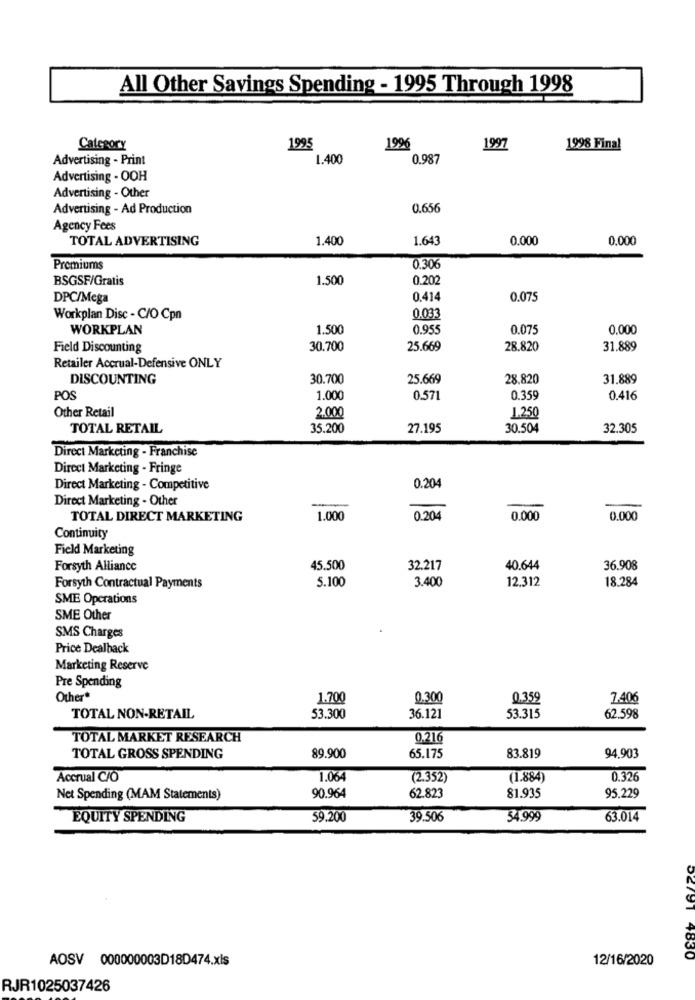
All Other Savings Spending - 1995 Through 1998
Category
1995
1996
1997
1998 Final
Advertising - Print
1.400
0.987
Advertising - OOH
Advertising - Other
Advertising - Ad Production
0.656
Agency Fees
TOTAL ADVERTISING
1.400
1.643
0.000
0,000
Premiums
0.306
BSGSF/Gratis
1.500
0.202
DPC/Mega
0.414
0.075
Workplan Disc - C/O Cpn
0.033
WORKPLAN
1.500
0.955
0.075
0.000
Field Discounting
30.700
25.669
28.820
31.889
Retailer Accrual-Defensive ONLY
DISCOUNTING
30.700
25.669
28.820
31.889
POS
1.000
0.571
0.359
0.416
Other Retail
2.000
1.250
TOTAL RETAIL
35.200
27.195
30.504
32.305
Direct Marketing - Franchise
Direct Marketing - Fringe
Direct Marketing - Competitive
0.204
Direct Marketing - Other
TOTAL DIRECT MARKETING
1.000
0.204
0.000
0.000
Continuity
Field Marketing
Forsyth Alliance
45.500
32.217
40.644
36.908
5.100
12.312
18.284
Forsyth Contractual Payments
3.400
SMIE Operations
SME Other
SMS Charges
Price Dealback
Marketing Reserve
Pre Spending
Other*
1.700
0.300
0.359
7.406
TOTAL NON-RETAIL
53.300
36.121
53.315
62.598
TOTAL MARKET RESEARCH
0.216
TOTAL GROSS SPENDING
89.900
65.175
83.819
94.903
Accrual C/O
1.064
(2.352)
(1.884)
0.326
90.964
62.823
81.935
Net Spending (MAM Statements)
95.229
EQUITY SPENDING
59.200
39.506
54.999
63.014
AOSV 000000003D18D474.xls
12/16/2020
52791 4830
RJR1025037426